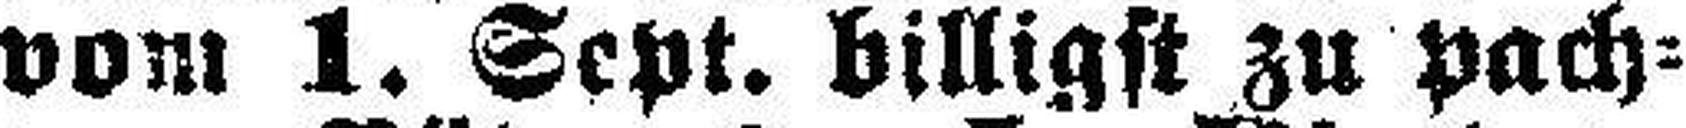
vom 1. Sept. billigst zu pach¬